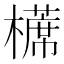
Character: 𣝸